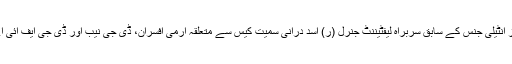
عدالت عظمیٰ کی جانب سے انٹر سروسز انٹیلی جنس کے سابق سربراہ لیفٹیننٹ جنرل (ر) اسد درانی سمیت کیس سے متعلقہ آرمی افسران، ڈی جی نیب اور ڈی جی ایف آئی اے کو بھی نوٹس جاری کیے گئے تھے۔